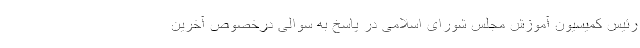
رئیس کمیسیون آموزش مجلس شورای اسلامی در پاسخ به سوالی درخصوص آخرین